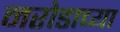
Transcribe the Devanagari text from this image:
नरोडाच्या